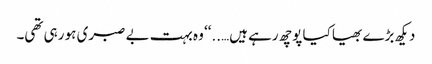
دیکھ بڑے بھیا کیا پوچھ رہے ہیں…..‘‘ وہ بہت بے صبری ہو رہی تھی۔